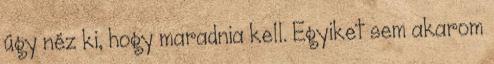
úgy néz ki, hogy maradnia kell. Egyiket sem akarom